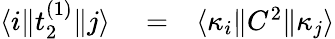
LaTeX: \begin{array}{rlr}{\langle i\| t_{2}^{(1)}\| j\rangle}&{{}=}&{\langle\kappa_{i}\| C^{2}\| \kappa_{j}\rangle}\end{array}